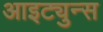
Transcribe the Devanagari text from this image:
आइट्युन्स